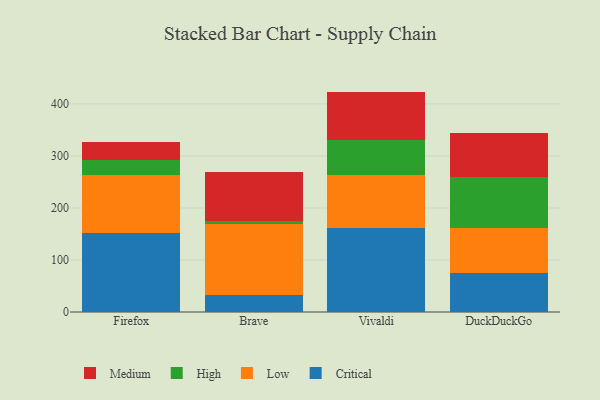
{"axis": {"x": "Browser", "y": "Budget (USD K)"}, "legend": ["Critical", "High", "Low", "Medium"], "data": [{"x": "Firefox", "y": 151.1, "type": "Critical"}, {"x": "Firefox", "y": 111.8, "type": "Low"}, {"x": "Firefox", "y": 30.0, "type": "High"}, {"x": "Firefox", "y": 33.3, "type": "Medium"}, {"x": "Brave", "y": 33.6, "type": "Critical"}, {"x": "Brave", "y": 135.9, "type": "Low"}, {"x": "Brave", "y": 6.1, "type": "High"}, {"x": "Brave", "y": 93.4, "type": "Medium"}, {"x": "Vivaldi", "y": 162.1, "type": "Critical"}, {"x": "Vivaldi", "y": 101.5, "type": "Low"}, {"x": "Vivaldi", "y": 66.7, "type": "High"}, {"x": "Vivaldi", "y": 93.4, "type": "Medium"}, {"x": "DuckDuckGo", "y": 75.1, "type": "Critical"}, {"x": "DuckDuckGo", "y": 86.5, "type": "Low"}, {"x": "DuckDuckGo", "y": 97.1, "type": "High"}, {"x": "DuckDuckGo", "y": 85.5, "type": "Medium"}]}